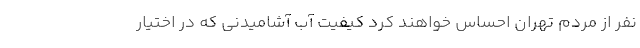
نفر از مردم تهران احساس خواهند کرد کیفیت آب آشامیدنی که در اختیار